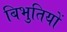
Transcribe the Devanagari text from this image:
बिभुतियों